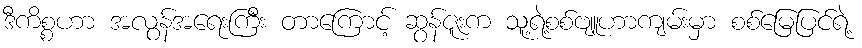
ဒီကိစ္စဟာ အလွန်အရေးကြီး တာကြောင့် ဆွန်ဇူးက သူ့ရဲ့စစ်ဗျူဟာကျမ်းမှာ စစ်မြေပြင်ရဲ့